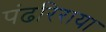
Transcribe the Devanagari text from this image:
पंढरिराया